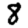
Digit: 8